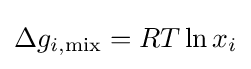
\Delta g_{i,\mathrm {mix} }=RT\ln x_{i}